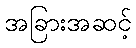
အခြားအဆင့်